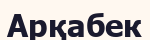
Арқабек